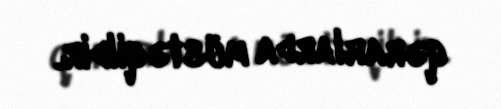
qərarlarda müstəqildir.